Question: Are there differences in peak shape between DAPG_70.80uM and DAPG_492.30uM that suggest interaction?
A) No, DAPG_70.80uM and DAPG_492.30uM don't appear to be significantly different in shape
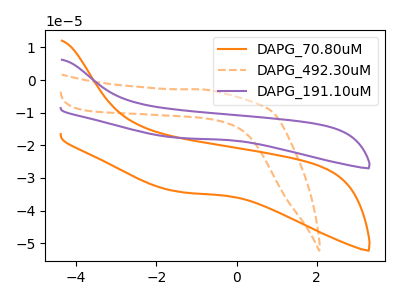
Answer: <think>The orange curve "DAPG_70.80uM" has no peaks. The orange dashed curve "DAPG_492.30uM" has no peaks. The purple curve "DAPG_191.10uM" has no peaks.
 Neither "DAPG_70.80uM" or "DAPG_492.30uM" have any peaks.</think>
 <answer>A) No, "DAPG_70.80uM" and "DAPG_492.30uM" don't appear to be significantly different in shape</answer>
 <eval>A</eval>